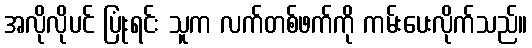
အလိုလိုပင် ပြုံးရင်း သူက လက်တစ်ဖက်ကို ကမ်းပေးလိုက်သည်။